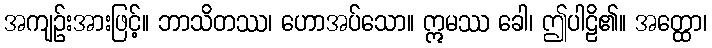
အကျဉ်းအားဖြင့်။ ဘာသိတဿ၊ ဟောအပ်သော။ ဣမဿ ခေါ၊ ဤပါဠိ၏။ အတ္ထော၊